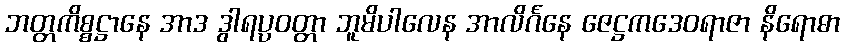
ဘတ္တကိစ္စဋ္ဌာနေ အာဒ ဒွါရပ္ပဝတ္တာ ဘူမိပါလေန အာလိင်္ဂနေ ဇေဋ္ဌကဒေဝရာဇာ နိရောဓာ